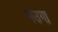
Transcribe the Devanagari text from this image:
मउगा